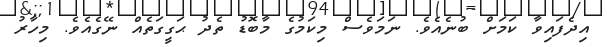
އިދެފައިވާ ކަމަށް ބުނެއެވެ. ނަމަވެސް މިކަމުގެ މާބޮޑު ތެދު ޙަގީގަތެއް ނޭގެއެވެ. މިހާރު